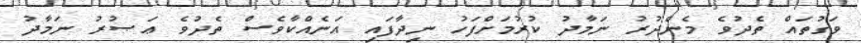
ވަގުތައް ތެދުވެ މެންދުރު ނަމާދު ކުރުމަށްފަހު ނިދާފައި އަނެއްކާވެސް ތެދުވެ ޢަޞުރު ނަމާދު